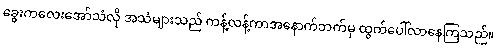
ခွေးကလေးအော်သံလို အသံများသည် ကန့်လန့်ကာအနောက်ဘက်မှ ထွက်ပေါ်လာနေကြသည်။